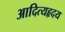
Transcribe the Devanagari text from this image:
आदित्यहृदय